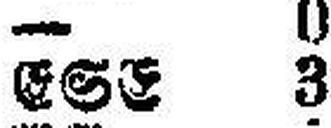
ESE 3